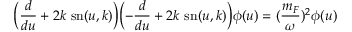
\Bigl ( \frac { d } { d u } + 2 k ~ \mathrm { s n } ( u , k ) \Bigr ) \Bigl ( - \frac { d } { d u } + 2 k ~ \mathrm { s n } ( u , k ) \Bigr ) \phi ( u ) = ( \frac { m _ { F } } { \omega } ) ^ { 2 } \phi ( u )